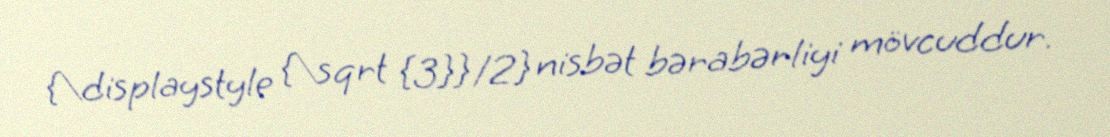
{\displaystyle {\sqrt {3}}/2} nisbət bərabərliyi mövcuddur.